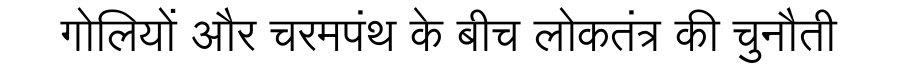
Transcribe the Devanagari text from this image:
गोलियों और चरमपंथ के बीच लोकतंत्र की चुनौती